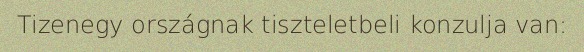
Tizenegy országnak tiszteletbeli konzulja van: